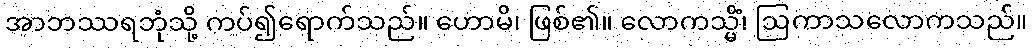
အာဘဿရဘုံသို့ ကပ်၍ရောက်သည်။ ဟောမိ၊ ဖြစ်၏။ လောကသ္မိံ၊ ဩကာသလောကသည်။